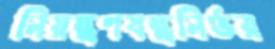
নিয়ন্ত্রণযন্ত্রনির্ভর